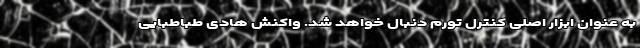
به عنوان ابزار اصلی کنترل تورم دنبال خواهد شد. واکنش هادی طباطبایی